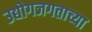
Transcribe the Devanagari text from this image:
उद्योगजगताच्या